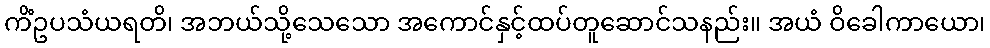
ကိံဥပသံယရတိ၊ အဘယ်သို့သေသော အကောင်နှင့်ထပ်တူဆောင်သနည်း။ အယံ ဝိခေါကာယော၊